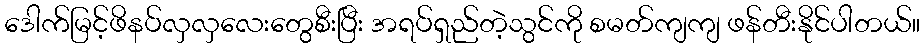
ဒေါက်မြင့်ဖိနပ်လှလှလေးတွေစီးပြီး အရပ်ရှည်တဲ့သွင်ကို စမတ်ကျကျ ဖန်တီးနိုင်ပါတယ်။